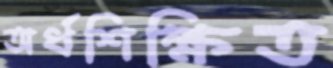
অর্ধশিক্ষিত